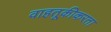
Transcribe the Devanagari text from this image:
वाहतूकीकरता